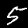
Label: 5